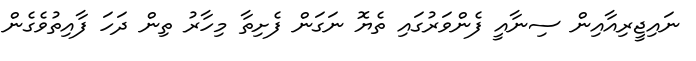
ނައިޖީރިއާއިން ސިނާއީ ފެންވަރުގައި ތެޔޮ ނަގަން ފެށިތާ މިހާރު ތިން ދަހަ ފާއިތުވެގެން